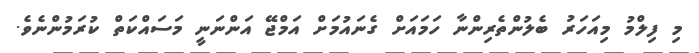
މި ފިލްމު މިއަހަރު ބެލުންތެރިންނާ ހަމައަށް ގެނައުމަށް އަމްޖޭ އަންނަނީ މަސައްކަތް ކުރަމުންނެވެ.